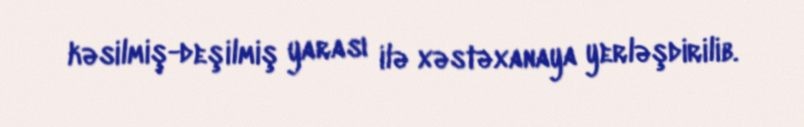
kəsilmiş-deşilmiş yarası ilə xəstəxanaya yerləşdirilib.